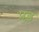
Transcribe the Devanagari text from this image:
प्रड़